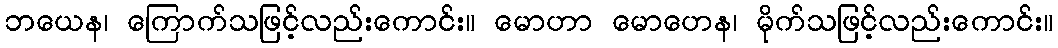
ဘယေန၊ ကြောက်သဖြင့်လည်းကောင်း။ မောဟာ မောဟေန၊ မိုက်သဖြင့်လည်းကောင်း။